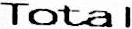
TOTAL